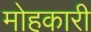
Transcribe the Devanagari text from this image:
मोहकारी